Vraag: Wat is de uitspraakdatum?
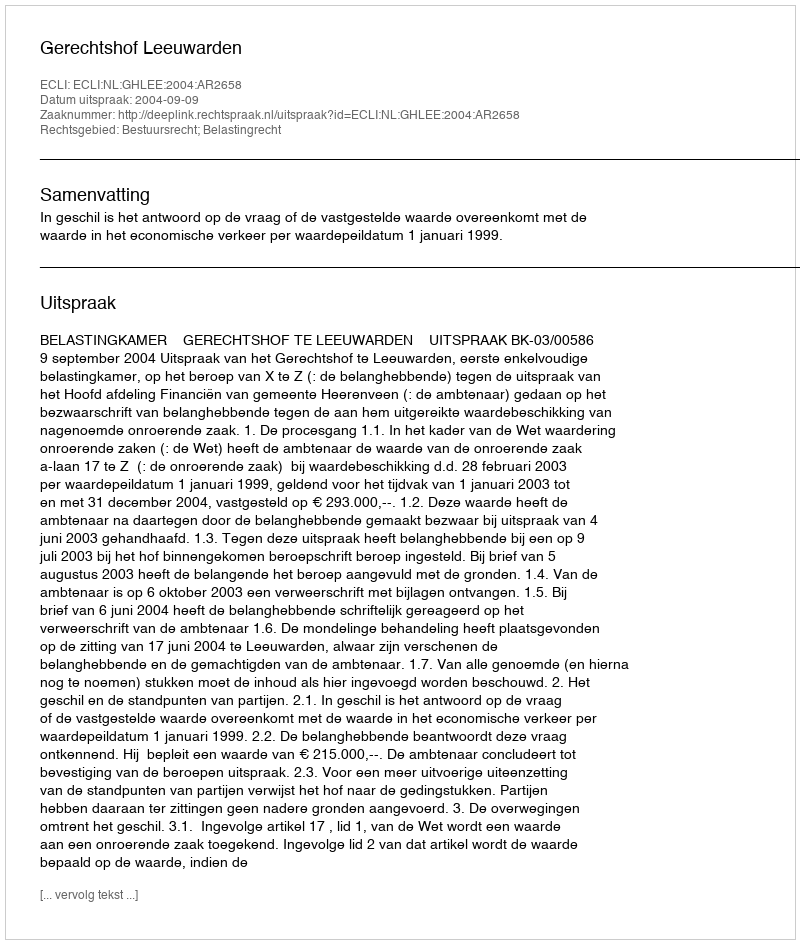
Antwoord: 2004-09-09